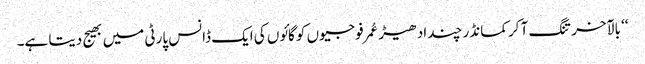
‘‘ بالآخر تنگ آ کر کمانڈر چند ادھیڑ عُمرفوجیوں کو گائوں کی ایک ڈانس پارٹی میں بھیج دیتا ہے۔